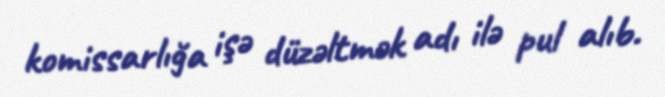
komissarlığa işə düzəltmək adı ilə pul alıb.